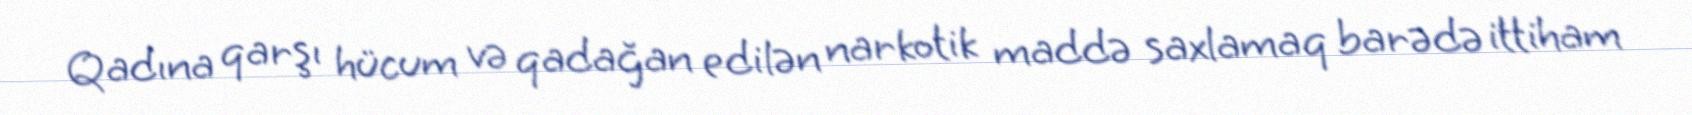
Qadına qarşı hücum və qadağan edilən narkotik maddə saxlamaq barədə ittiham